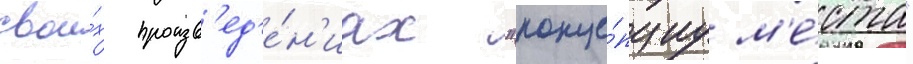
свои́х произв'ед'е́н'иах "конце́пциу м'е́ста"